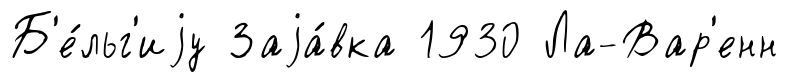
Б'е́льг'иjу Заjа́вка 1930 Ла-Вар'енн